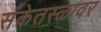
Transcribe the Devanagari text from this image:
संकेतस्ळावर